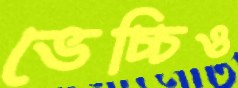
ভেচ্চিও